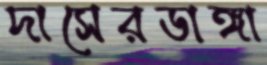
দাসেরডাঙ্গা